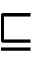
\sqsubseteq